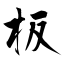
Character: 板